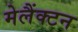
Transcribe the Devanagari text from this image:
मेलैंक्टन